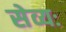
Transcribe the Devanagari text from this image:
सेव्यः